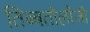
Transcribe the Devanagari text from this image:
तिब्‍बतोलॉजी